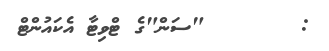
:       "ސަން"ގެ ޓްވިޓާ އެކައުންޓް